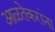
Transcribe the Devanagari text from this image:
आळतेकरांना